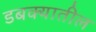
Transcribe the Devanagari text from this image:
डबक्यातील